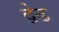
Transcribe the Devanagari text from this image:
द़ेढ